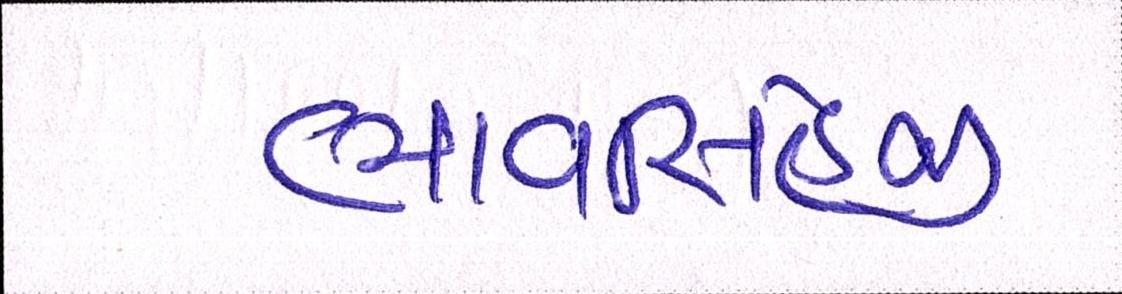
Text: ભાવસિંહજી